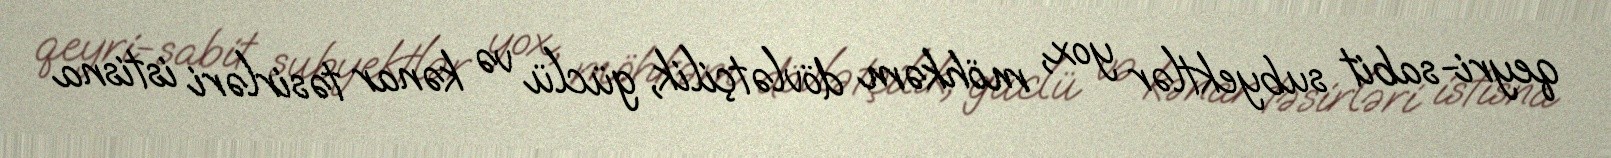
qeyri-sabit subyektlər yox, möhkəm dövlətçilik, güclü və kənar təsirləri istisna